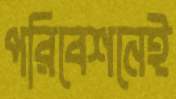
পরিবেশনেই